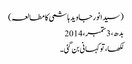
(سیدانورجاوید ہاشمی کا مطالعہ)
بدھ، 3 ستمبر، 2014
لکھا، تو کہانی بن گئی۔